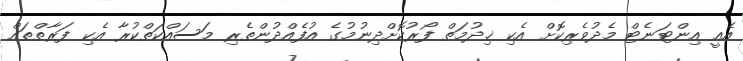
އެއީ އިންޓަނެޓް މެދުވެރިކޮށް އެކި ޚިދުމަތް ފޯރުކޮށްދިނުމުގެ އުފެއްދުންތެރި މަސައްކަތްކުރާ އެކި ފަރާތްތައް